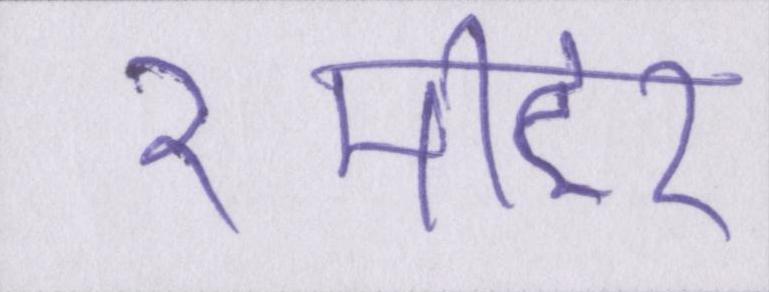
२मीटर